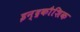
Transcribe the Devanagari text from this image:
इन्द्रकौशिक